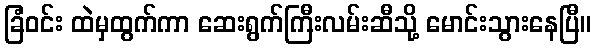
ခြံဝင်း ထဲမှထွက်ကာ ဆေးရွက်ကြီးလမ်းဆီသို့ မောင်းသွားနေပြီ။